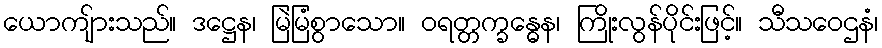
ယောကျ်ားသည်။ ဒဋ္ဌေန၊ မြဲမြံစွာသော။ ဝရတ္တက္ခန္ဓေန၊ ကြိုးလွန်ပိုင်းဖြင့်။ သီသဝေဌနံ၊